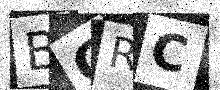
Text: BCRC